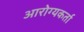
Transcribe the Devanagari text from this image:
आरोग्यकर्ता